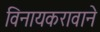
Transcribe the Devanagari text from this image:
विनायकरावाने